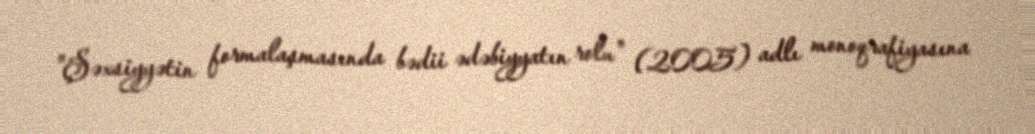
"Şəxsiyyətin formalaşmasında bədii ədəbiyyatın rolu" (2005) adlı monoqrafiyasına